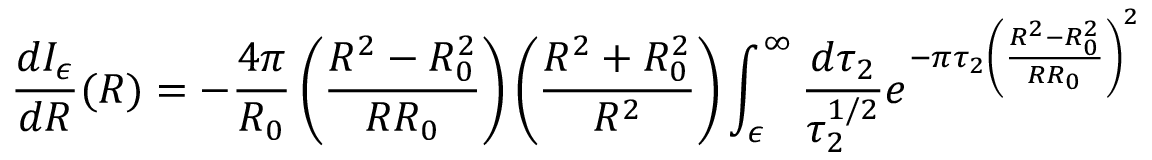
\frac { d I _ { \epsilon } } { d R } ( R ) = - \frac { 4 \pi } { R _ { 0 } } \left( \frac { R ^ { 2 } - R _ { 0 } ^ { 2 } } { R R _ { 0 } } \right) \left( \frac { R ^ { 2 } + R _ { 0 } ^ { 2 } } { R ^ { 2 } } \right) \int _ { \epsilon } ^ { \infty } \frac { d \tau _ { 2 } } { \tau _ { 2 } ^ { 1 / 2 } } e ^ { - \pi \tau _ { 2 } \left( \frac { R ^ { 2 } - R _ { 0 } ^ { 2 } } { R R _ { 0 } } \right) ^ { 2 } }